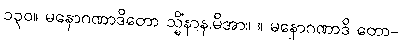
၁၃၀။ မနောဂဏာဒိတော သ္မိံနာန.မိအာ။ ။ မနောဂဏာဒိ တော-